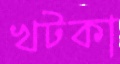
খটকা